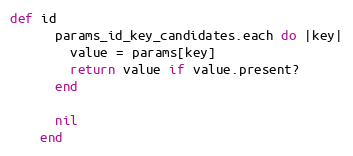
Language: Ruby
def id
      params_id_key_candidates.each do |key|
        value = params[key]
        return value if value.present?
      end

      nil
    end